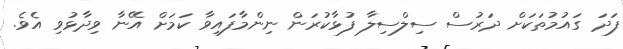
ފަދަ ގައުމުތަކަށް ދަރުސް ސިލްސިލާ ފުޅާކުރަން ނިންމާފައިވާ ކަމަށް އޭނާ ވިދާޅުވި އެވެ.